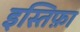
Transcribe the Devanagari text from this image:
इस्तिफ़ा